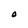
Character: O